Manual of the Civil Veterinary Department, Central Provinces and Berar
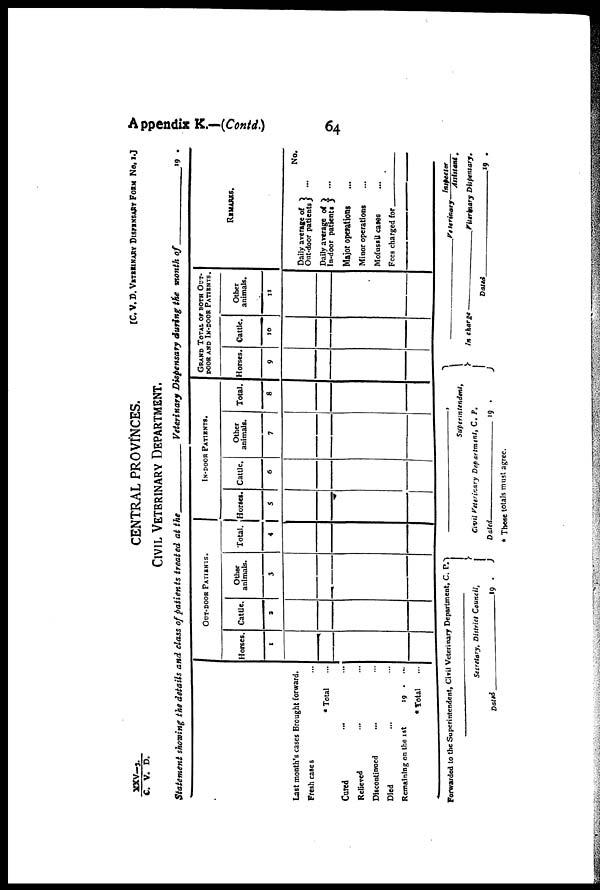
Appendix K.—(Contd.)
64
XXV—3./C. V. D.
[C. V. D. VETERINARY DISPENSARY FORM No. 1.]
CENTRAL PROVINCES.
CIVIL VETERINARY DEPARTMENT.
Statement showing the details and class of patients treated at the
Veterinary Dispensary during the month of
19
Last month's cases Brought forward.
Fresh cases ...
* Total ...
Cured ... ...
Relieved ... ...
Discontinued ... ...
Died ... ...
Remaining on the
1st
19 . ...
* Total ...
OUT-DOOR PATIENTS.
Horses.
1
Cattle.
2
Other
animals.
3
Total.
4
IN-DOOR PATIENTS.
Horses.
5
Cattle.
6
Other
animals.
7
Total.
8
GRAND TOTAL OF BOTH OUT-
---- AND IN-DOOR PATIENTS.
Horses.
9
Cattle.
10
Other
animals.
11
REMARKS.
Daily average of
Out-door patients
...
Daily average of
In-door patients ...
Major operations ...
Minor operations ...
Mofussil cases ...
No.
Fees
Charged
for _______
Forwarded to the Superintendent, Civil Veterinary Department, C. P.
Secretary, District Council,
Dated_________19
.
Superintendent,
Civil Veterinary Department, C. P.
Dated
_________
19 .
* These totals must agree.
__________
Veterinary
Inspector/Assistant.
In charge __________ Veterinary Dispensary.
Dated
________
19
.